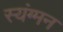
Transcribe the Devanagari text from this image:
स्यंग्मन